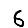
Digit: 6